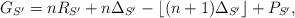
LaTeX: \begin{align*}G_{S'}= nR_{S'}+n\Delta_{S'}-\lfloor (n+1)\Delta_{S'}\rfloor +P_{S'},\end{align*}